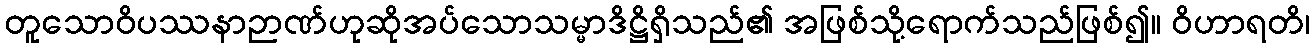
တူသောဝိပဿနာဉာဏ်ဟုဆိုအပ်သောသမ္မာဒိဋ္ဌိရှိသည်၏ အဖြစ်သို့ရောက်သည်ဖြစ်၍။ ဝိဟာရတိ၊